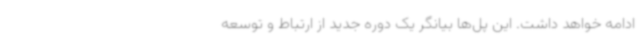
ادامه خواهد داشت. این پل‌ها بیانگر یک دوره جدید از ارتباط و توسعه